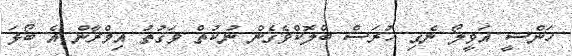
ހަންސީ އަވީލޯ ނެގި ހުރަސް ބްލޮކްވެގެން ނުކުތް ވަގުތު އިމްރާން އެ ބޯޅަ